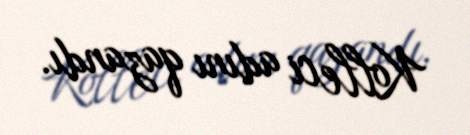
Kolleci adını qazandı.